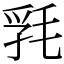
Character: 㲗